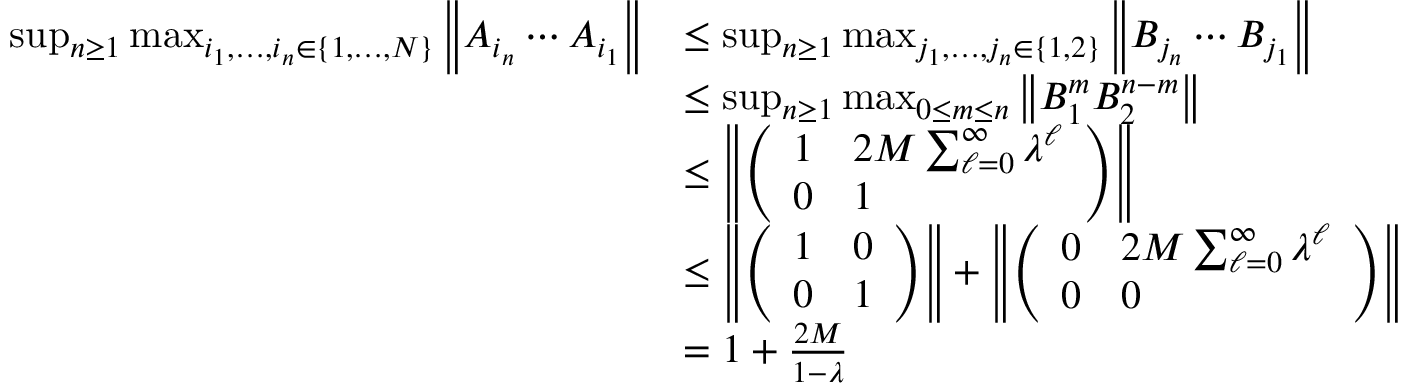
\begin{array} { r l } { \operatorname* { s u p } _ { n \geq 1 } \operatorname* { m a x } _ { i _ { 1 } , \ldots , i _ { n } \in \{ 1 , \ldots , N \} } \left\| A _ { i _ { n } } \cdots A _ { i _ { 1 } } \right\| } & { \leq \operatorname* { s u p } _ { n \geq 1 } \operatorname* { m a x } _ { j _ { 1 } , \ldots , j _ { n } \in \{ 1 , 2 \} } \left\| B _ { j _ { n } } \cdots B _ { j _ { 1 } } \right\| } \\ & { \leq \operatorname* { s u p } _ { n \geq 1 } \operatorname* { m a x } _ { 0 \leq m \leq n } \left\| B _ { 1 } ^ { m } B _ { 2 } ^ { n - m } \right\| } \\ & { \leq \left\| \left( \begin{array} { l l } { 1 } & { 2 M \sum _ { \ell = 0 } ^ { \infty } \lambda ^ { \ell } } \\ { 0 } & { 1 } \end{array} \right) \right\| } \\ & { \leq \left\| \left( \begin{array} { l l } { 1 } & { 0 } \\ { 0 } & { 1 } \end{array} \right) \right\| + \left\| \left( \begin{array} { l l } { 0 } & { 2 M \sum _ { \ell = 0 } ^ { \infty } \lambda ^ { \ell } } \\ { 0 } & { 0 } \end{array} \right) \right\| } \\ & { = 1 + \frac { 2 M } { 1 - \lambda } } \end{array}